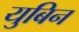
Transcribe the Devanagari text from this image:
युबिन